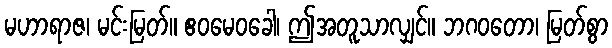
မဟာရာဇ၊ မင်းမြတ်။ ဧဝမေဝခေါ၊ ဤအတူသာလျှင်။ ဘဂဝတော၊ မြတ်စွာ